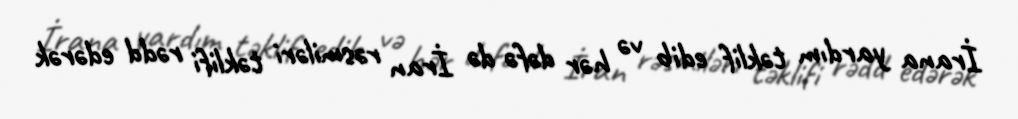
İrana yardım təklif edib və hər dəfə də İran rəsmiləri təklifi rədd edərək